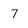
Character: 7